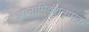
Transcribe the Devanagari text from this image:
ज्ञानामिवंशनामक